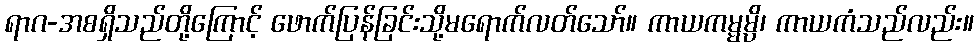
ရာဂ-အစရှိသည်တို့ကြောင့် ဖောက်ပြန်ခြင်းသို့မရောက်လတ်သော်။ ကာယကမ္မမ္ပိ၊ ကာယကံသည်လည်း။